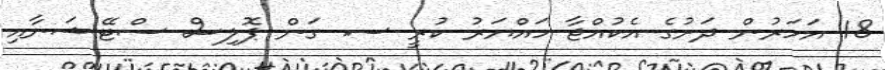
18 އަހަރުން ދަށުގެ އެކުއްޖާ ހައްޔަރު ކުރީ ސ. ގަން ޕޮލިސް ސްޓޭޝަނާއި